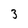
Character: 3